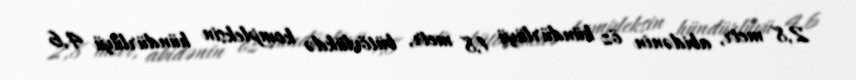
2,8 metr, abidənin öz hündürlüyü 1,8 metr, bütövlükdə kompleksin hündürlüyü 4,6